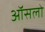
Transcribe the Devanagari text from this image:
ऑसलो